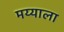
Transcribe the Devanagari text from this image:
मय्याला